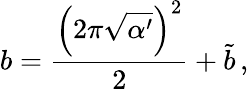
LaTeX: b=\frac{\left(2\pi\sqrt{\alpha^{\prime}}\right)^{2}}{2}+\tilde{b}\, ,